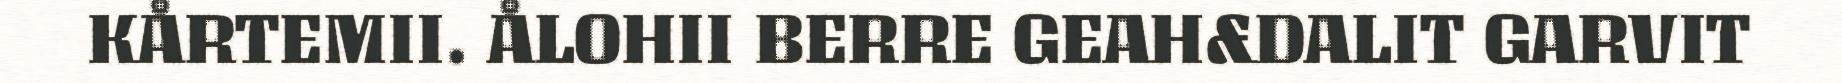
KÅRTEMII. ÅLOHII BERRE GEAH&DALIT GARVIT